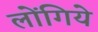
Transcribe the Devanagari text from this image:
लोंगिये